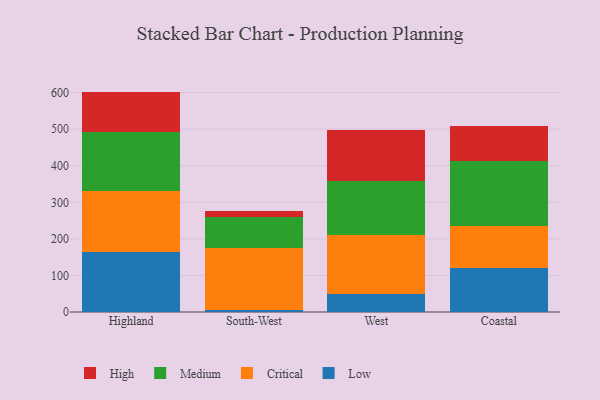
{"axis": {"x": "Region", "y": "Net Income (USD K)"}, "legend": ["Critical", "High", "Low", "Medium"], "data": [{"x": "Highland", "y": 165.2, "type": "Low"}, {"x": "Highland", "y": 166.5, "type": "Critical"}, {"x": "Highland", "y": 161.5, "type": "Medium"}, {"x": "Highland", "y": 109.7, "type": "High"}, {"x": "South-West", "y": 5.0, "type": "Low"}, {"x": "South-West", "y": 170.5, "type": "Critical"}, {"x": "South-West", "y": 85.5, "type": "Medium"}, {"x": "South-West", "y": 14.9, "type": "High"}, {"x": "West", "y": 48.0, "type": "Low"}, {"x": "West", "y": 163.4, "type": "Critical"}, {"x": "West", "y": 147.4, "type": "Medium"}, {"x": "West", "y": 140.3, "type": "High"}, {"x": "Coastal", "y": 121.1, "type": "Low"}, {"x": "Coastal", "y": 115.1, "type": "Critical"}, {"x": "Coastal", "y": 175.6, "type": "Medium"}, {"x": "Coastal", "y": 97.5, "type": "High"}]}